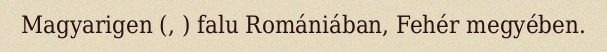
Magyarigen (, ) falu Romániában, Fehér megyében.